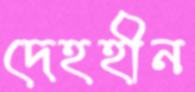
দেহহীন